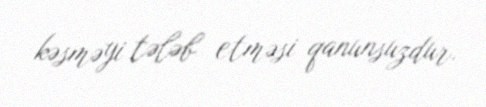
kəsməyi tələb etməsi qanunsuzdur.